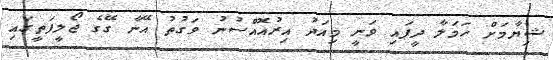
ޝިޔާމަށް ހަމަލާ ދީފައި ވަނީ މިއަދު އިރުއޮއްސުނު ވަގުތު އޭނާ ގޭގެ ޖޯލީފަތީގައި